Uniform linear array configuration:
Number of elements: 64
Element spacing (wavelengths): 0.5
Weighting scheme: blackman
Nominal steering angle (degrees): -60
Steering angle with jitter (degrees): -60.587
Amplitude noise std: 0.05
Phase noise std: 0.05

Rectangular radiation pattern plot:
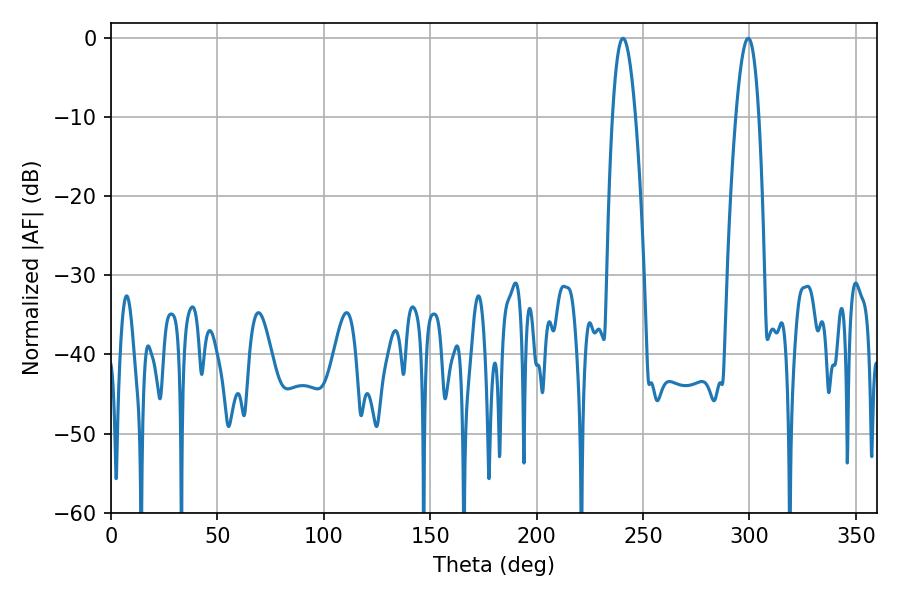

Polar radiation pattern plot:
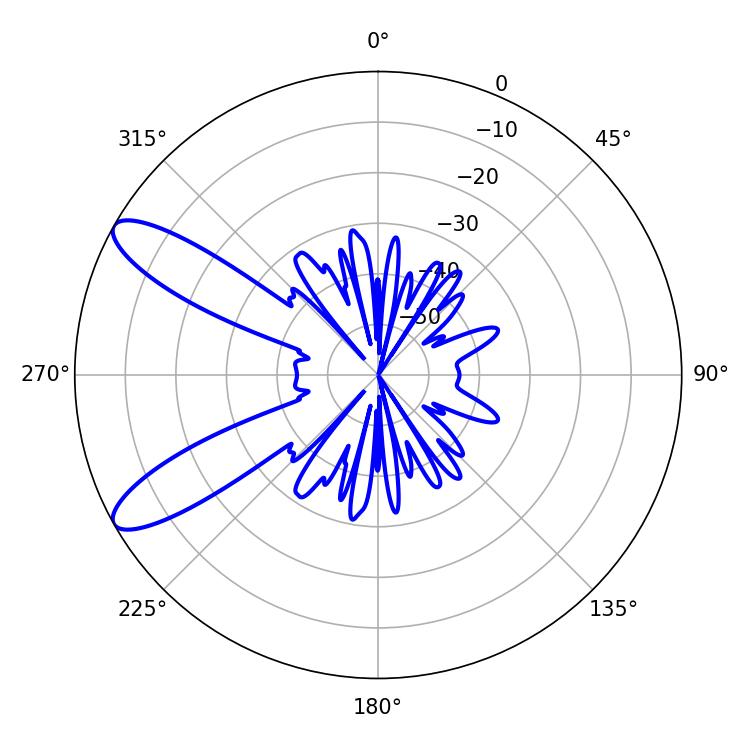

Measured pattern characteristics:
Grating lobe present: FALSE
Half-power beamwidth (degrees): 5.94
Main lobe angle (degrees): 240.66